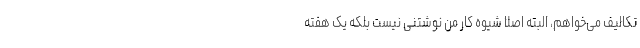
تکالیف می‌خواهم، البته اصلا شیوه‌ کار من نوشتنی نیست بلکه یک هفته